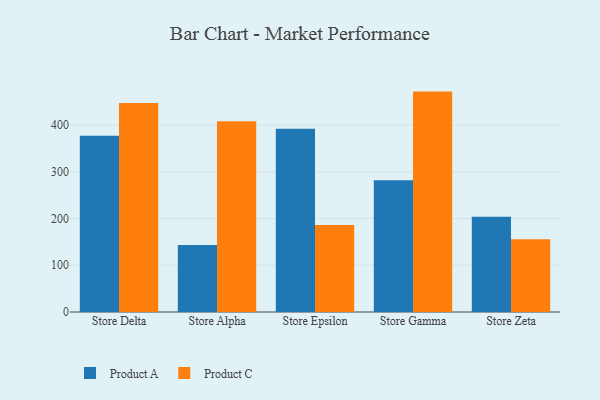
{"axis": {"x": "Store", "y": "Temperature (°C)"}, "legend": ["Product A", "Product C"], "data": [{"x": "Store Delta", "y": 377.2, "type": "Product A"}, {"x": "Store Delta", "y": 447.3, "type": "Product C"}, {"x": "Store Alpha", "y": 143.2, "type": "Product A"}, {"x": "Store Alpha", "y": 408.3, "type": "Product C"}, {"x": "Store Epsilon", "y": 391.8, "type": "Product A"}, {"x": "Store Epsilon", "y": 186.2, "type": "Product C"}, {"x": "Store Gamma", "y": 282.1, "type": "Product A"}, {"x": "Store Gamma", "y": 471.5, "type": "Product C"}, {"x": "Store Zeta", "y": 203.9, "type": "Product A"}, {"x": "Store Zeta", "y": 155.7, "type": "Product C"}]}